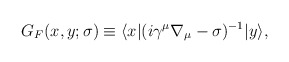
\begin{align*}G_{F}(x,y;\sigma ) \equiv \langle x | (i \gamma^{\mu} \nabla_{\mu}- \sigma)^{-1} | y \rangle,\end{align*}